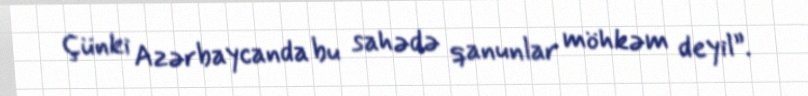
Çünki Azərbaycanda bu sahədə qanunlar möhkəm deyil”.